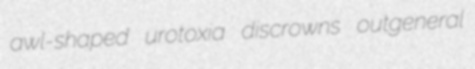
awl-shaped urotoxia discrowns outgeneral